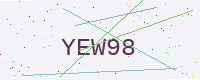
Text: YEW98